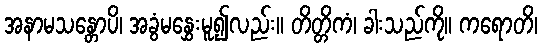
အနာမသန္တောပိ၊ အခွံမနွှေးမူ၍လည်း။ တိတ္တိကံ၊ ခါးသည်ကို။ ကရောတိ၊